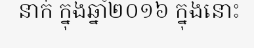
នាក់ ក្នុងឆ្នាំ២០១៦ ក្នុងនោះ